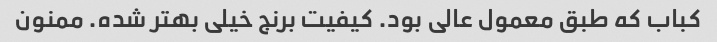
کباب که طبق معمول عالی بود. کیفیت برنج خیلی بهتر شده. ممنون